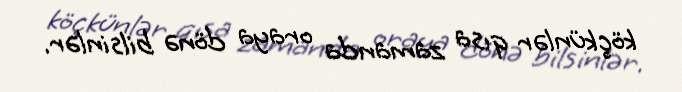
köçkünlər qısa zamanda oraya dönə bilsinlər.